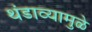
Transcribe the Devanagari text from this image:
थंडाव्यामुळे